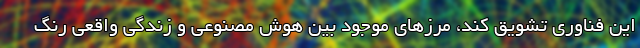
این فناوری تشویق کند، مرزهای موجود بین هوش مصنوعی و زندگی واقعی رنگ